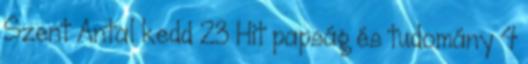
Szent Antal kedd 23 Hit papság és tudomány 4